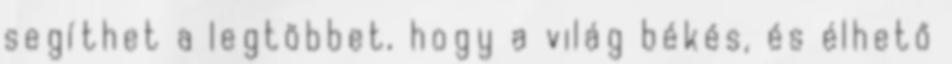
segíthet a legtöbbet, hogy a világ békés, és élhető